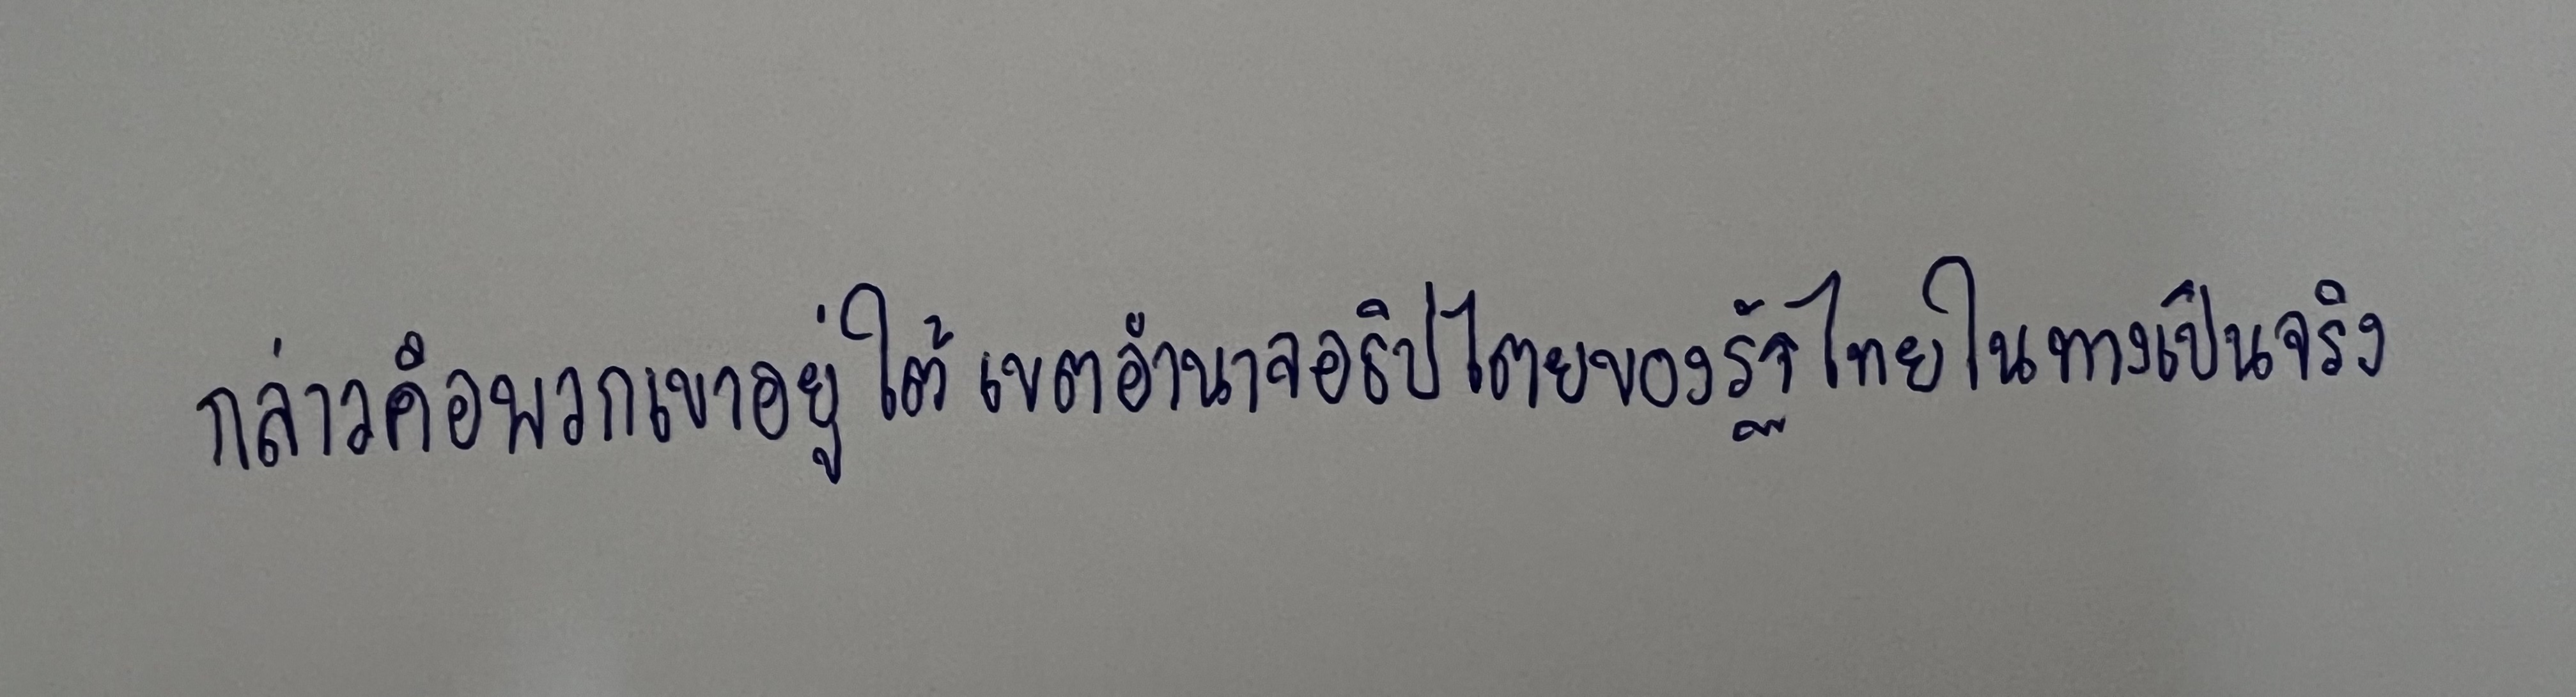
กล่าวคือพวกเขาอยู่ใต้เขตอำนาจอธิปไตยของรัฐไทยในทางเป็นจริง